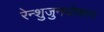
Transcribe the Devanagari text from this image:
रेन्शुजुनयोकान